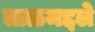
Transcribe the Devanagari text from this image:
ताळमद्दले